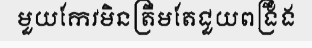
មួយកែវមិនត្រឹមតែជួយពង្រឹង